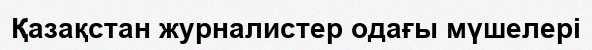
Қазақстан журналистер одағы мүшелері